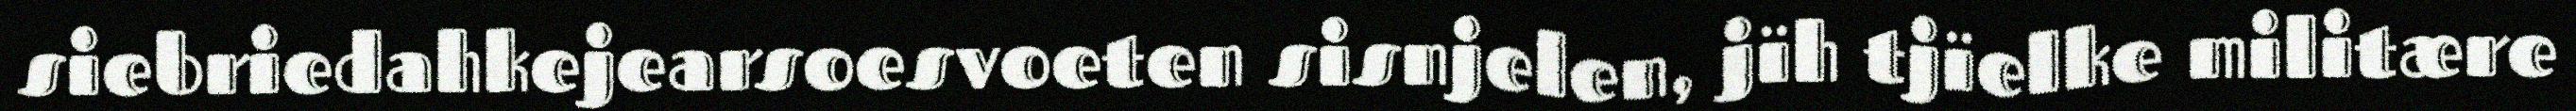
siebriedahkejearsoesvoeten sisnjelen, jïh tjïelke militære